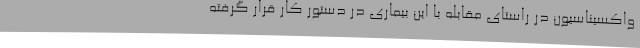
واکسیناسیون در راستای مقابله با این بیماری در دستور کار قرار گرفته